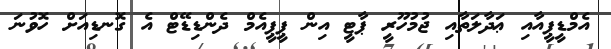
އެމްޑީޕީއާއި ޢަދާލަތާއި ޖުމުހޫރީ ޕާޓީ އިން ޕީޕީއެމް ދެންޑިޑޭޓް އެ ގޮނޑިއަށް ހޮވުނަ